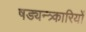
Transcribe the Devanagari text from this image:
षड्यन्त्र्कारियों